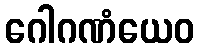
ဂေါဂဏံယေဝ